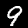
Digit: 9